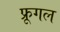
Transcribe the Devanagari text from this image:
फ्रूगल